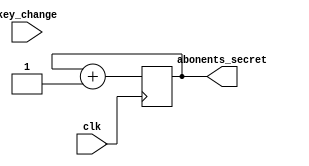
`timescale 10ns/1ns

module container_b(
	input wire key_change,
	input wire clk,
	output wire [3:0] abonents_secret
);

reg [3:0] secret = 4'b1010;

always @(posedge clk)
		secret <= secret + 1'b1;	

assign abonents_secret = secret;

endmodule